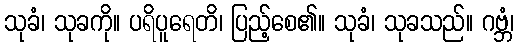
သုခံ၊ သုခကို။ ပရိပူရေတိ၊ ပြည့်စေ၏။ သုခံ၊ သုခသည်။ ဂဗ္ဘံ၊